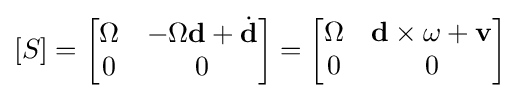
[S]={\begin{bmatrix}\Omega &-\Omega {\textbf {d}}+{\dot {\textbf {d}}}\\0&0\end{bmatrix}}={\begin{bmatrix}\Omega &\mathbf {d} \times \omega +\mathbf {v} \\0&0\end{bmatrix}}